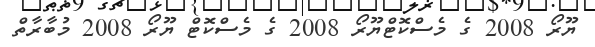
ޔޫރޯ 2008 ގެ މެސްކޮޓްޔޫރޯ 2008 ގެ މެސްކޮޓް ޔޫރޯ 2008 މުބާރާތް